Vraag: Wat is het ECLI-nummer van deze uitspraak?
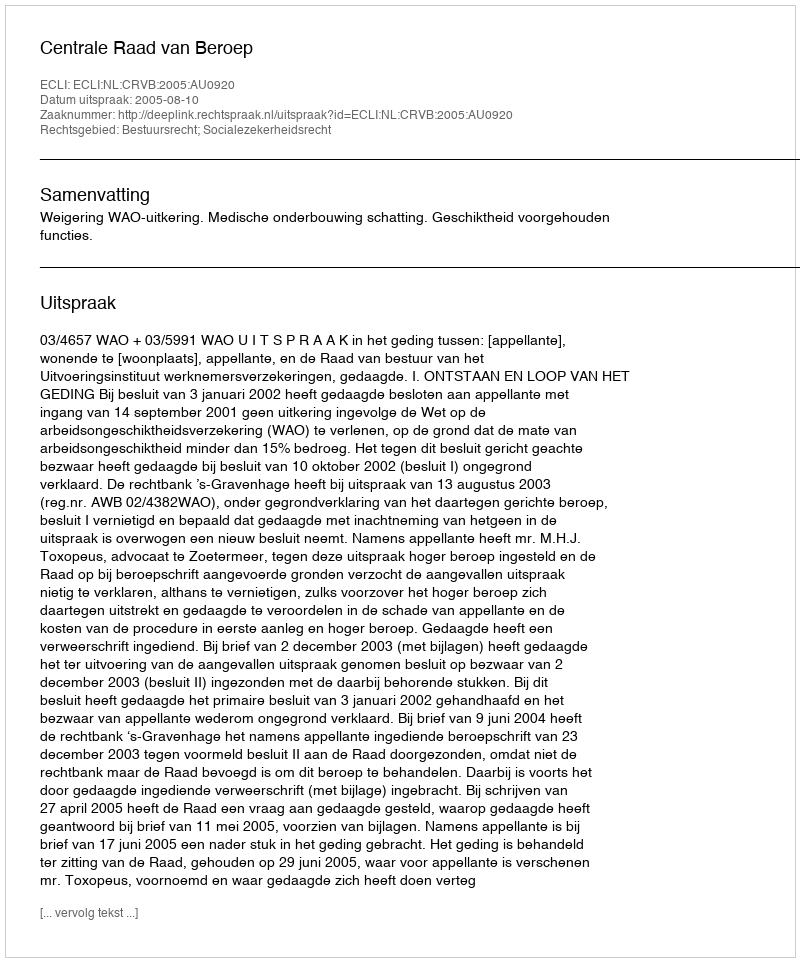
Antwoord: ECLI:NL:CRVB:2005:AU0920